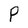
Character: P